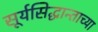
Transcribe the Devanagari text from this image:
सूर्यसिद्धान्ताच्या